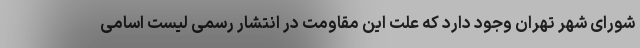
شورای شهر تهران وجود دارد که علت این مقاومت در انتشار رسمی لیست اسامی